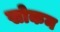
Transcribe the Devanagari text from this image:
खोकन